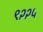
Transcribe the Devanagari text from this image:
९२२५